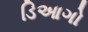
ડિઆગો